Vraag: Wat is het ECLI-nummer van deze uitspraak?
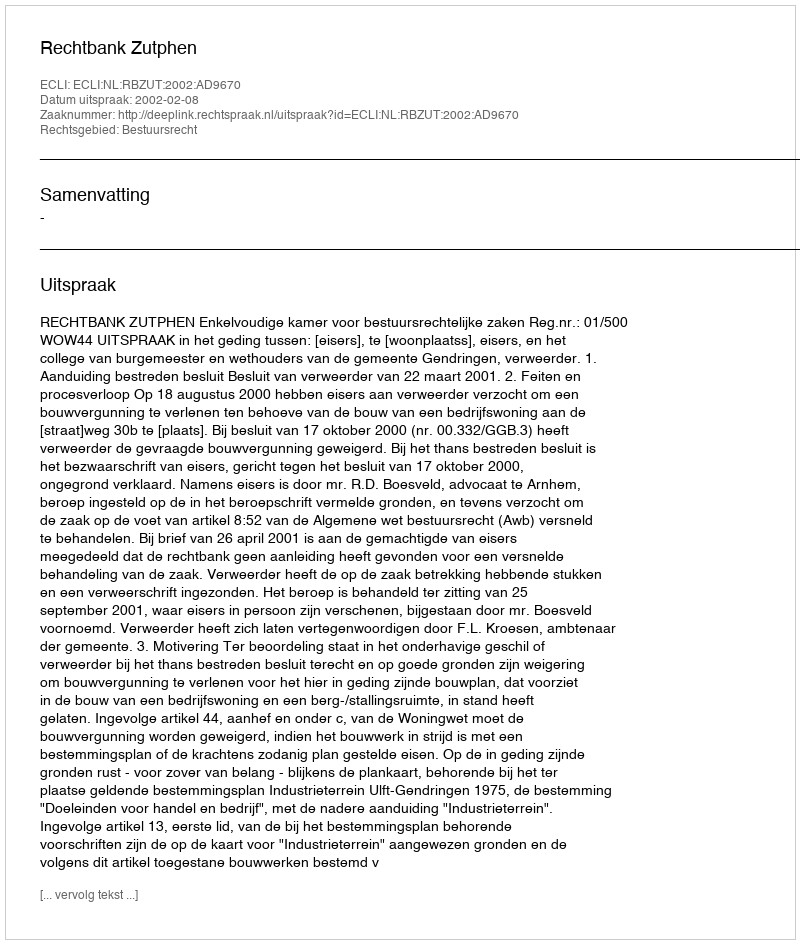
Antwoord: ECLI:NL:RBZUT:2002:AD9670